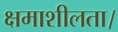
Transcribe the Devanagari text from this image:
क्षमाशीलता।